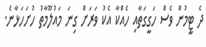
ދެ ޓީމުން ވެސް ހަގީގަތާއި ހެއްކާ އެކު ވަރަށް ގިނަ މައުލޫމާތު ހުށަހަޅާނެ.